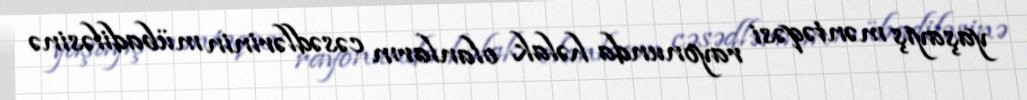
yaşayış məntəqəsi rayonunda həlak olanların cəsədlərinin mübadiləsinə